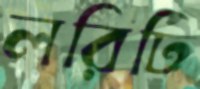
লরিটি